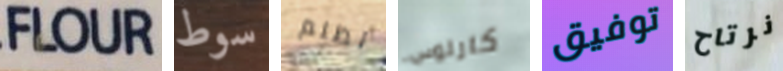
FLOUR سوط تظلم كارلوس توفيق نرتاح